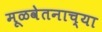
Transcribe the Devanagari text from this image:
मूळवेतनाच्या